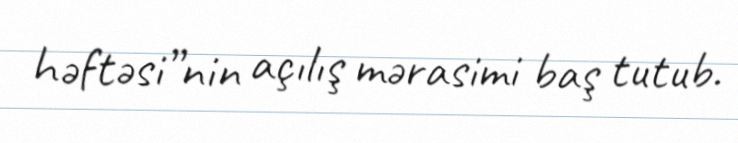
həftəsi”nin açılış mərasimi baş tutub.